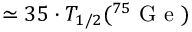
\simeq 3 5 \cdot T _ { 1 / 2 } ( ^ { 7 5 } \mathrm { ~ G ~ e ~ } )